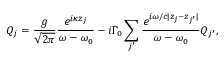
{ Q _ { j } } = \frac { g } { { \sqrt { 2 \pi } } } \frac { { { e ^ { i \kappa { z _ { j } } } } } } { { \omega - { \omega _ { 0 } } } } - i \Gamma _ { 0 } \sum _ { j ^ { \prime } } ^ { } { \frac { { { e ^ { i \omega / c | { z _ { j } } - { z _ { j ^ { \prime } } } | } } } } { { \omega - { \omega _ { 0 } } } } { Q _ { j ^ { \prime } } } } ,